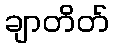
ချာတိတ်